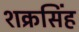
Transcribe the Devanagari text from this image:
शक्रसिंह